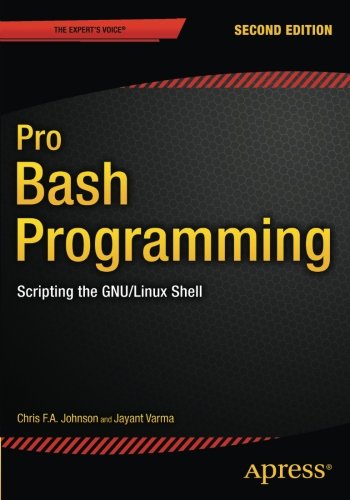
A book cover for Pro Bash Programming, Second Edition: Scripting the GNU/Linux Shell; Chris F. A. Johnson; Computers & Technology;